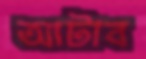
আটাব